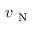
v _ { \mathrm { ~ N ~ } }